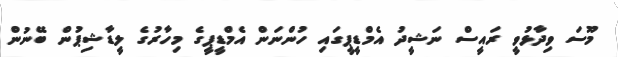
މޫސަ ވިދާޅުވީ ރައީސް ނަޝީދު އެމްޑީޕީގައި ހުންނަން އެމްޑީޕީގެ މިހާރުގެ ލީޑާޝިޕުން ބޭނުން